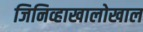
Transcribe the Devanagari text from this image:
जिनिव्हाखालोखाल